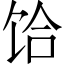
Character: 饸